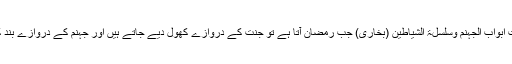
'' حدیث ٦: اِذَا دَخَلَ رَمَضَانَ فُتِحَتْ اَبْوَابُ الْجِنَانِ وَ غُلِّقَتْ اَبْوَابُ الْجَہَنَّمِ وَسُلْسِلَۃِ الشَّیَاطِیْنَ (بخاری) جب رمضان آتا ہے تو جنت کے دروازے کھول دیے جاتے ہیں اور جہنم کے دروازے بند کردیے جاتے ہیں ، اور شیاطین جکڑ دیے جاتے ہیں۔